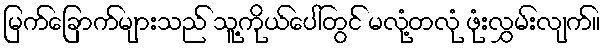
မြက်ခြောက်များသည် သူ့ကိုယ်ပေါ်တွင် မလုံ့တလုံ ဖုံးလွှမ်းလျက်။